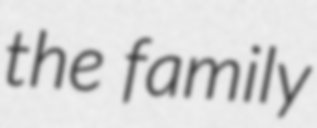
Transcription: the family